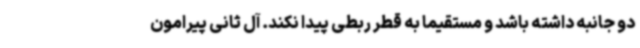
دو جانبه داشته باشد و مستقیما به قطر ربطی پیدا نکند. آل ثانی پیرامون